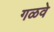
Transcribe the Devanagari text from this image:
गळवे